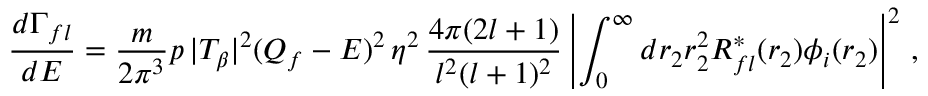
{ \frac { d \Gamma _ { f l } } { d E } } = { \frac { m } { 2 \pi ^ { 3 } } } p \, | T _ { \beta } | ^ { 2 } ( Q _ { f } - E ) ^ { 2 } \, \eta ^ { 2 } \, { \frac { 4 \pi ( 2 l + 1 ) } { l ^ { 2 } ( l + 1 ) ^ { 2 } } } \left| \int _ { 0 } ^ { \infty } d r _ { 2 } r _ { 2 } ^ { 2 } R _ { f l } ^ { * } ( r _ { 2 } ) \phi _ { i } ( r _ { 2 } ) \right| ^ { 2 } \, ,